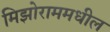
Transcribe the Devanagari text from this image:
मिझोराममधील